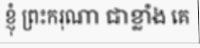
ខ្ញុំ ព្រះករុណា ជាខ្លាំង គេ